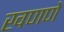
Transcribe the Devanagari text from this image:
खणणें